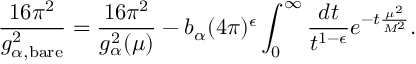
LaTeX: \frac { 1 6 \pi ^ { 2 } } { g _ { \alpha , { \scriptstyle \mathrm { b a r e } } } ^ { 2 } } = \frac { 1 6 \pi ^ { 2 } } { g _ { \alpha } ^ { 2 } ( \mu ) } - b _ { \alpha } ( 4 \pi ) ^ { \epsilon } \int _ { 0 } ^ { \infty } \frac { d t } { t ^ { 1 - \epsilon } } e ^ { - t \frac { \mu ^ { 2 } } { M ^ { 2 } } } .